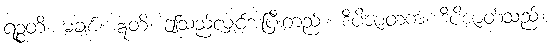
ရဉ္စတိ၊ မချစ်။ ဣတိ၊ ဤသည်လျှင်အပြီးတည်း။ ဒိပိဇာတကံ၊ ဒိပိဇာတ်သည်။